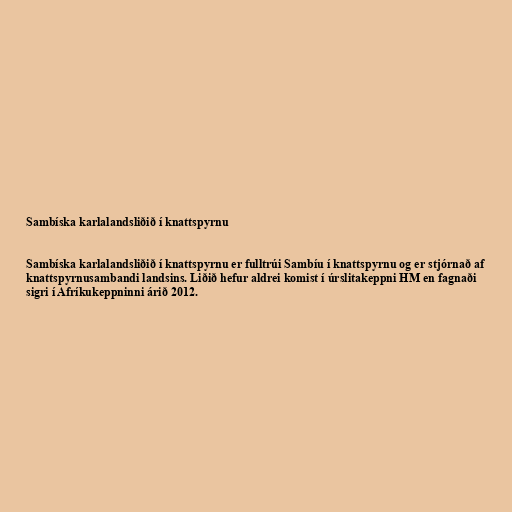
Sambíska karlalandsliðið í knattspyrnu

Sambíska karlalandsliðið í knattspyrnu er fulltrúi Sambíu í knattspyrnu og er stjórnað af
knattspyrnusambandi landsins. Liðið hefur aldrei komist í úrslitakeppni HM en fagnaði
sigri í Afríkukeppninni árið 2012.